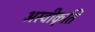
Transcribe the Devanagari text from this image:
अस्‍वीकृति